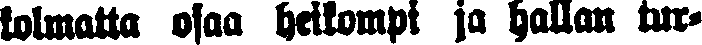
kolmatta osaa heikompi ja hallan tur-